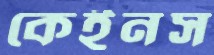
কেইনস